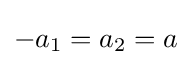
-a_{1}=a_{2}=a